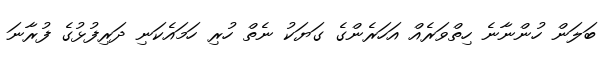
ބަލަަން ހުންނާނެ ހިތްވަރެއް އަހަރެންގެ ގަޔަކު ނެތް ހުރި ހަމައެކަނި ދަރިފުޅުގެ ފުރާނަ